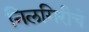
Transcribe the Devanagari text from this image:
निलगिरीचे